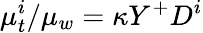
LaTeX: \mu_{t}^{i}/\mu_{w}=\kappa Y^{+}D^{i}